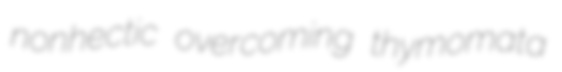
nonhectic overcoming thymomata